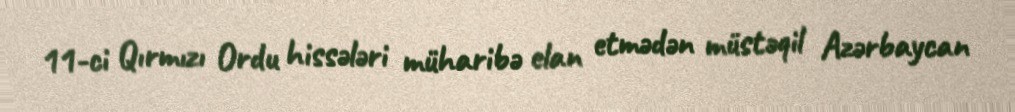
11-ci Qırmızı Ordu hissələri müharibə elan etmədən müstəqil Azərbaycan